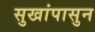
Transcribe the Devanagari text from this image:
सुखांपासुन